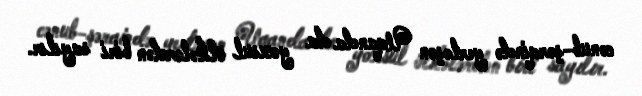
cənub-şərqində yerləşən Uqanda da yoxsul ölkələrdən biri sayılır.